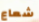
شعاع